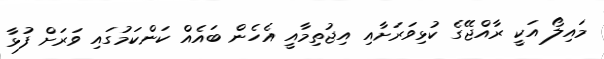
މައިލޯ އަކީ ރާއްޖޭގެ ކުޅިވަރަށާއި އިޖުތިމާއީ އެހެން ބައެއް ކަންކަމުގައި ވަރަށް ފުޅާ